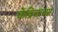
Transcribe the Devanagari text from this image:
केंब्रिजाच्या